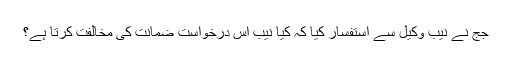
جج نے نیب وکیل سے استفسار کیا کہ کیا نیب اس درخواست ضمانت کی مخالفت کرتا ہے؟